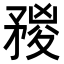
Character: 𥍺